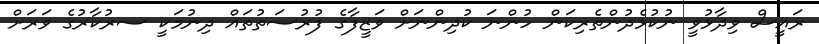
ރައީސް ވިދާޅުވީ ނުކުޅެދުންތެރިކަން ހުންނަ ކުދިންނަށް ވަޒީފާގެ ފުރުސަތުތައް ދިނުމަކީ ސރުކާރުގެ ވަރަށް